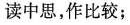
读中思，作比较;